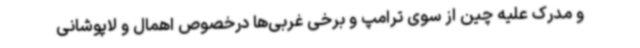
و مدرک علیه چین از سوی ترامپ و برخی غربی‌ها درخصوص اهمال و لاپوشانی